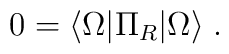
0= \langle \Omega \vert \Pi_R\vert \Omega \rangle \; .